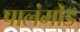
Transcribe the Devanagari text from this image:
पालंमोड